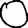
Digit: 0